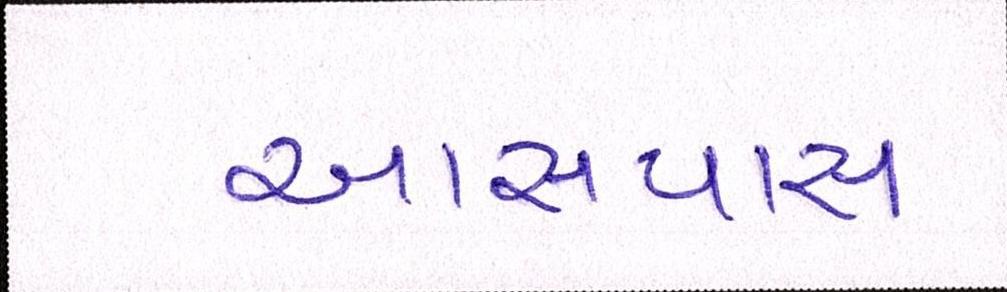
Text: આસપાસ